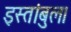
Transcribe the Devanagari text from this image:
इस्तांबुल।